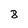
Character: 8